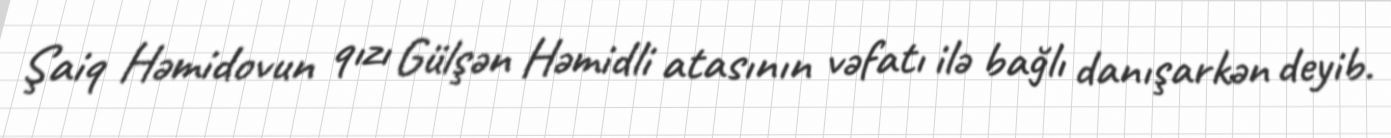
Şaiq Həmidovun qızı Gülşən Həmidli atasının vəfatı ilə bağlı danışarkən deyib.